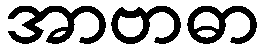
အာဗာဓာ